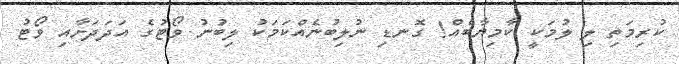
ކުރިމަތި ލި ލުމަކީ ކާމިޔާބެއް! ގޮނޑި ނުލިބުނެއްކަމަކު ލިބުނު ވޯޓުގެ އަދަދަށާއި ވޯޓު